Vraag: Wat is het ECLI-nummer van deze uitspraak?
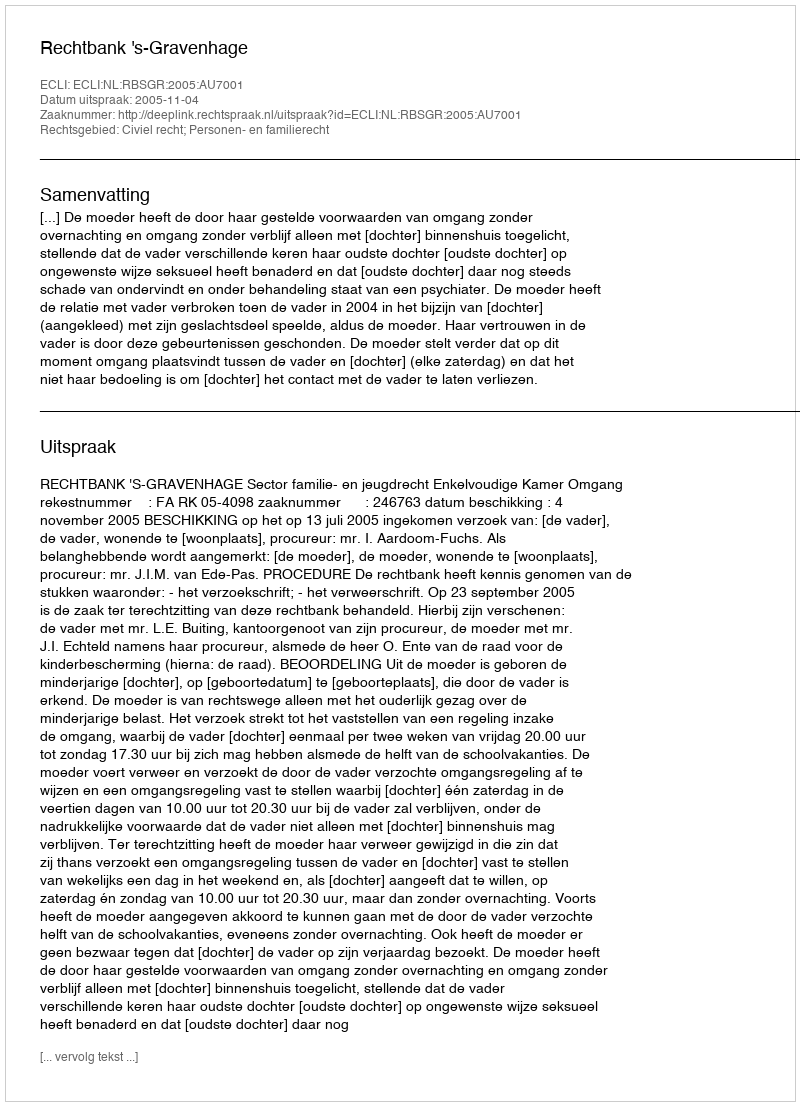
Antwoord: ECLI:NL:RBSGR:2005:AU7001